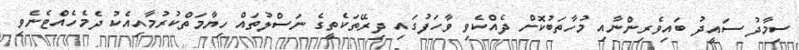
ސިމާދު ސައީދު ބައިވެރިންނާއި މުހާތަބުކޮށް ދެއްކެވި ވާހަަފުުގައި ދިރޭތަކެތީގެ ނަސްލުތައް ހިޔާމަތްކުރުމާއިއެކު ދެމެހެއްޓެނެވި